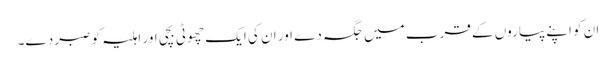
ان کو اپنے پیاروں کے قرب میں جگہ دے اور ان کی ایک چھوٹی بچی اور اہلیہ کو صبر دے۔